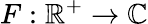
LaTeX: F:\mathbb{R}^{+}\to\mathbb{C}